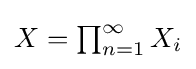
{\textstyle X=\prod _{n=1}^{\infty }X_{i}}